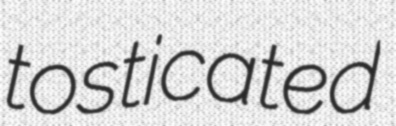
tosticated